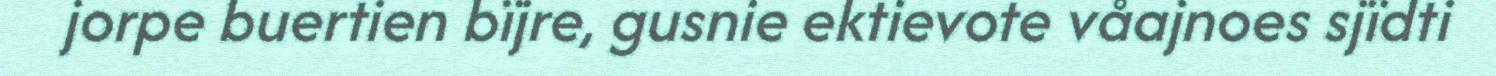
jorpe buertien bïjre, gusnie ektievote våajnoes sjïdti